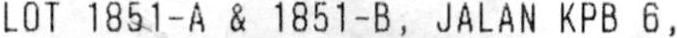
LOT 1851-A & 1851-B, JALAN KPB 6,